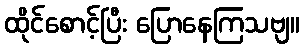
ထိုင်စောင့်ပြီး ပြောနေကြသဗျ။